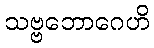
သဗ္ဗဘောဂေဟိ